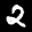
Label: 2